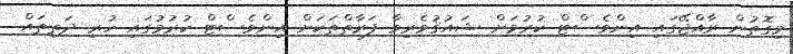
މިގޮތުން ރާއްޖޭގައި އިންވެސްޓް ކުރުމަށް ޝައުޤުވެރިވާ ފަރާތްތަކަށް އިންވެސްޓް ކުރުމުގައި ހުރި ދަތިތައް